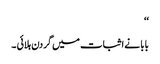
‘‘
بابا نے اثبات میں گردن ہلائی ۔